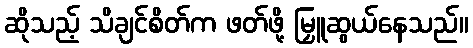
ဆိုသည့် သိချင်စိတ်က ဖတ်ဖို့ မြှူဆွယ်နေသည်။